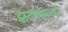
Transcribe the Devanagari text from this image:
हस्तपद्माभ्यां